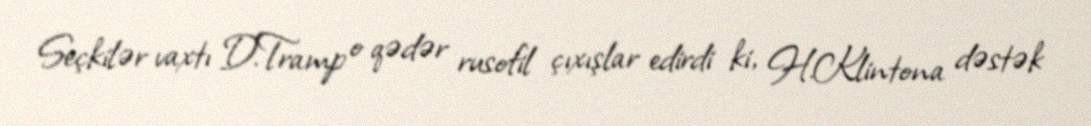
Seçkilər vaxtı D.Tramp o qədər rusofil çıxışlar edirdi ki, H.Klintona dəstək